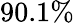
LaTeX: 90.1\%